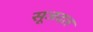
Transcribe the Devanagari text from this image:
सूजदल